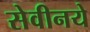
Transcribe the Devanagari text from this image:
सेवीनये